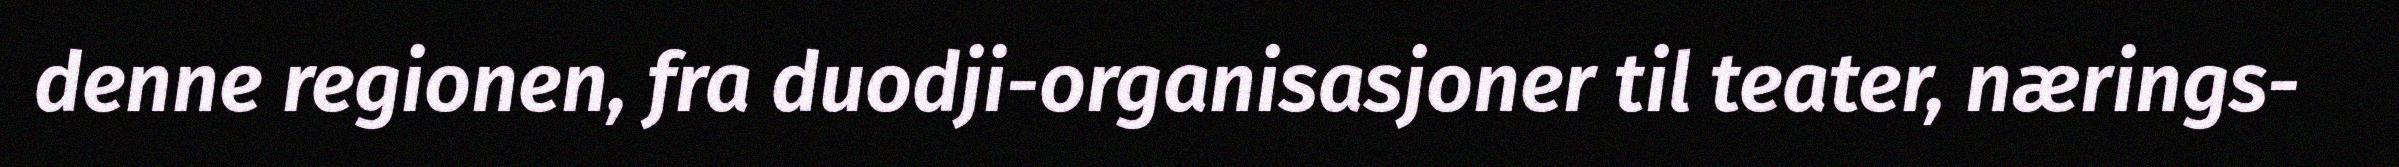
denne regionen, fra duodji-organisasjoner til teater, nærings-